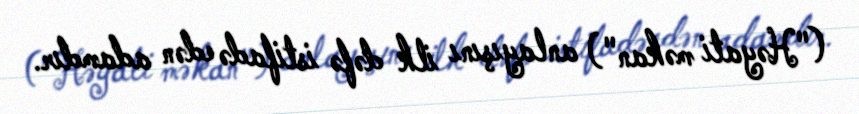
("Həyati məkan") anlayışını ilk dəfə istifadə edən adamdır.